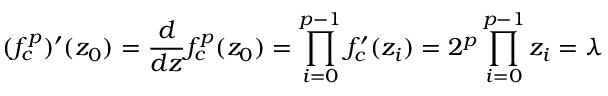
( f _ { c } ^ { p } ) ^ { \prime } ( z _ { 0 } ) = { \frac { d } { d z } } f _ { c } ^ { p } ( z _ { 0 } ) = \prod _ { i = 0 } ^ { p - 1 } f _ { c } ^ { \prime } ( z _ { i } ) = 2 ^ { p } \prod _ { i = 0 } ^ { p - 1 } z _ { i } = \lambda